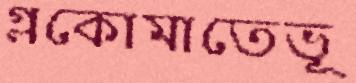
গ্লকোমাতেভূ